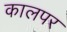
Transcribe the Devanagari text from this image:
कालपर